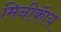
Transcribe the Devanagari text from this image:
मिनीकॅाय